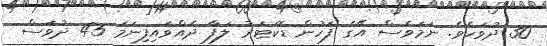
30 ދުވަހެވެ. ނަމަވެސް އޭގެ ފަހުން ޑޮކަޓަރު ލަފާ ދެއްވައިފިނަމަ 45 ދުވަސް